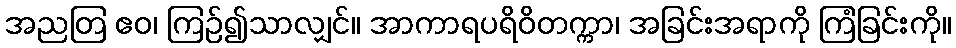
အညတြ ဧဝ၊ ကြဉ်၍သာလျှင်။ အာကာရပရိဝိတက္ကာ၊ အခြင်းအရာကို ကြံခြင်းကို။